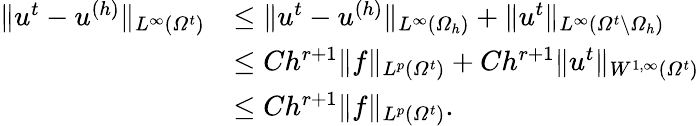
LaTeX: \begin{array}{rl}{\| u^{t}-u^{(h)}\| _{L^{\infty}(\varOmega^{t})}}&{\leq\| u^{t}-u^{(h)}\| _{L^{\infty}(\varOmega_{h})}+\| u^{t}\| _{L^{\infty}(\varOmega^{t}\setminus\varOmega_{h})}}\\ &{\leq Ch^{r+1}\| f\| _{L^{p}(\varOmega^{t})}+Ch^{r+1}\| u^{t}\| _{W^{1,\infty}(\varOmega^{t})}}\\ &{\leq Ch^{r+1}\| f\| _{L^{p}(\varOmega^{t})}.}\end{array}